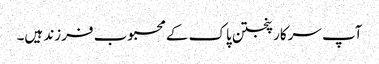
آپ سرکار پنجتن پاک کے محبوب فرزند ہیں۔